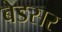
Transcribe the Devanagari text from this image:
बेडसर